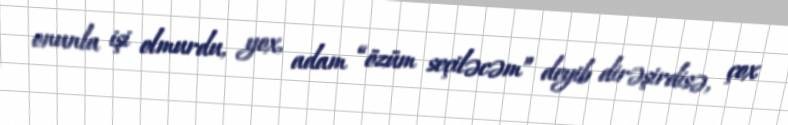
onunla işi olmurdu, yox, adam “özüm seçiləcəm” deyib dirəşirdisə, çox